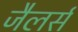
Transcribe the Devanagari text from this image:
जैलर्स